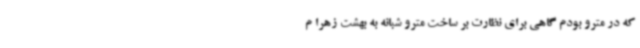
که در مترو بودم گاهی برای نظارت بر ساخت مترو شبانه به بهشت زهرا م